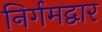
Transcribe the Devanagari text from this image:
निर्गमद्वार